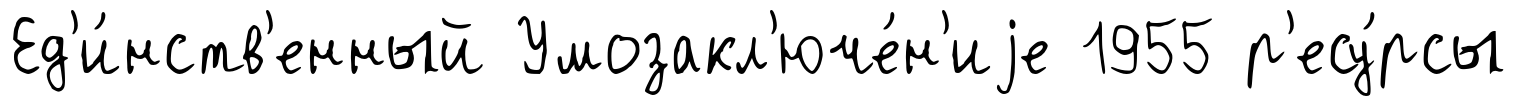
Ед'и́нств'енный Умозакл'юче́н'иjе 1955 р'есу́рсы